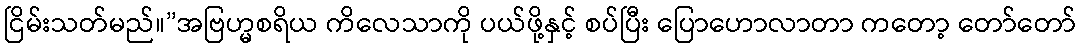
ငြိမ်းသတ်မည်။”အဗြဟ္မစရိယ ကိလေသာကို ပယ်ဖို့နှင့် စပ်ပြီး ပြောဟောလာတာ ကတော့ တော်တော်